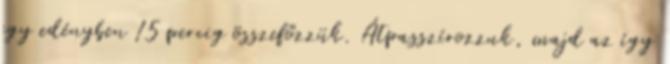
egy edényben 15 percig összefőzzük. Átpasszírozzuk, majd az így